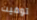
توفيت